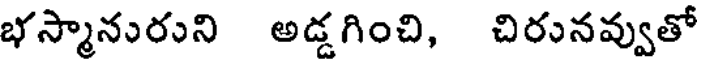
భస్మానురుని అడ్డగించి, చిరునవ్వుతో